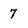
Character: 7